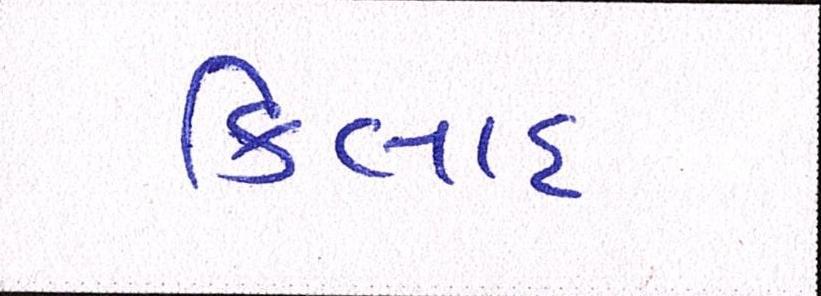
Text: કિલાદ